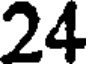
24